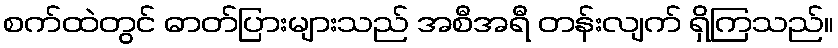
စက်ထဲတွင် ဓာတ်ပြားများသည် အစီအရီ တန်းလျက် ရှိကြသည်။